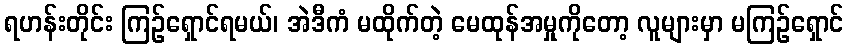
ရဟန်းတိုင်း ကြဉ်ရှောင်ရမယ်၊ အဲဒီကံ မထိုက်တဲ့ မေထုန်အမှုကိုတော့ လူများမှာ မကြဉ်ရှောင်